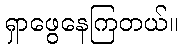
ရှာဖွေနေကြတယ်။